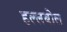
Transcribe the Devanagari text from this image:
हल्लबोल